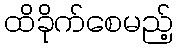
ထိခိုက်စေမည့်